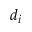
d _ { i }